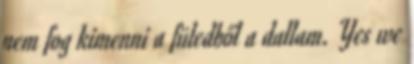
nem fog kimenni a füledből a dallam. Yes we